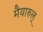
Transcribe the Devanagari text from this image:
मैयारुल्